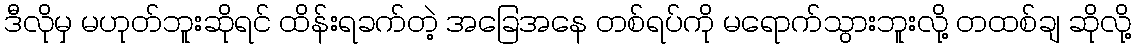
ဒီလိုမှ မဟုတ်ဘူးဆိုရင် ထိန်းရခက်တဲ့ အခြေအနေ တစ်ရပ်ကို မရောက်သွားဘူးလို့ တထစ်ချ ဆိုလို့